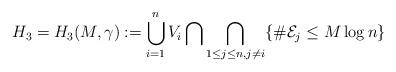
LaTeX: \begin{align*}H_3 = H_3(M,\gamma) := \bigcup_{i=1}^{n} V_i \bigcap \bigcap_{1 \leq j \leq n, j \neq i}\{\#{\cal E}_j \leq M \log{n}\}\end{align*}